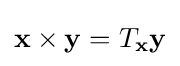
\mathbf {x} \times \mathbf {y} =T_{\mathbf {x} }\mathbf {y}